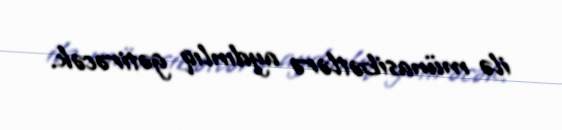
ilə münasibətlərə aydınlıq gətirəcək.